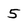
Character: 5